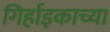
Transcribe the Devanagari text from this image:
गिर्हाइकाच्या